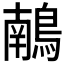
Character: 𪃢